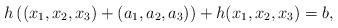
LaTeX: \begin{align*}h\left((x_1,x_2,x_3)+(a_1,a_2,a_3)\right)+h(x_1,x_2,x_3)=b,\end{align*}